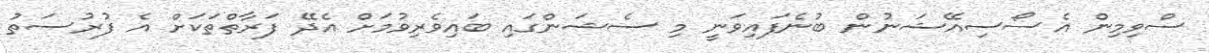
ސްވިމިން އެސޯސިއޭޝަނުން ބުނެފައިވަނީ މި ސެޝަންގައި ބައިވެރިވުމަށް އެދޭ ފަރާތްތަކަށް އެ ފުރުސަތު